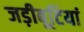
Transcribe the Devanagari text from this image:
जड़ीबूटियां